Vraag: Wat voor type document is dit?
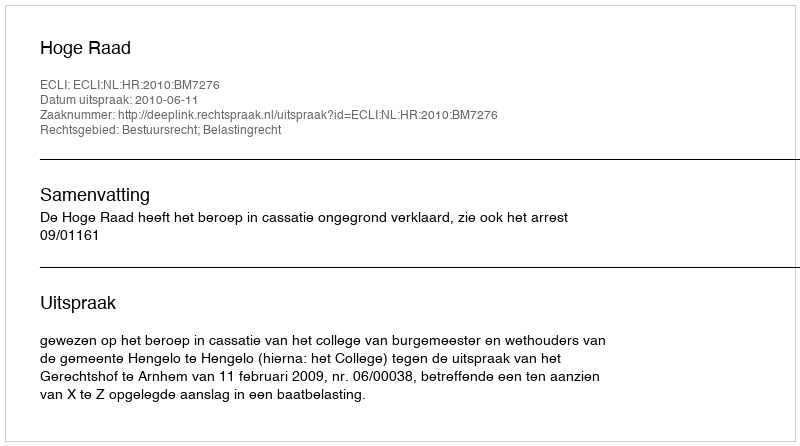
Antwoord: Uitspraak